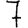
Digit: 7